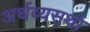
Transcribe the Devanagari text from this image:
अर्थव्यसथा